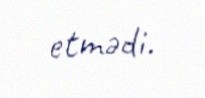
etmədi.